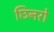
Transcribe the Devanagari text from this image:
छिनरो